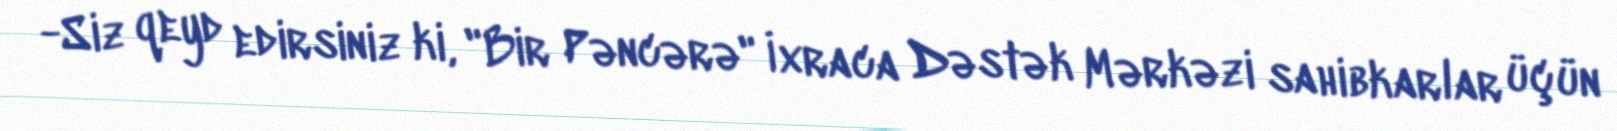
-Siz qeyd edirsiniz ki, "Bir Pəncərə" İxraca Dəstək Mərkəzi sahibkarlar üçün